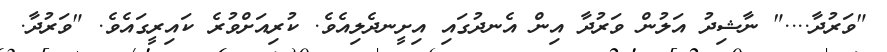
"ވަރުދާ...." ނާޝިދު އަލުން ވަރުދާ އިން އެނދުގައި އިށީނދެލިއެވެ. ކުރިއަށްވުރެ ކައިރީގައެވެ. "ވަރުދާ.